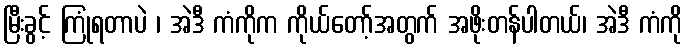
မြီးခွင့် ကြုံရတာပဲ ၊ အဲဒီ ကံကိုက ကိုယ်တော့်အတွက် အဖိုးတန်ပါတယ်၊ အဲဒီ ကံကို